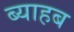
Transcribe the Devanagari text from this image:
ब्याहब